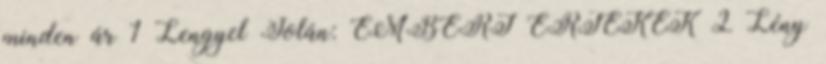
minden ár 1 Lengyel Jolán: EMBERI ÉRTÉKEK 2 Lény